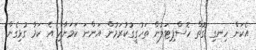
އެކަން ހިނގި ގޮތް ހޮސްޕިޓަލުން ތަހުގީގުކުރަމުން އަންނަ ކަމަށާއި އެ ކަމާ ގުޅިގެން